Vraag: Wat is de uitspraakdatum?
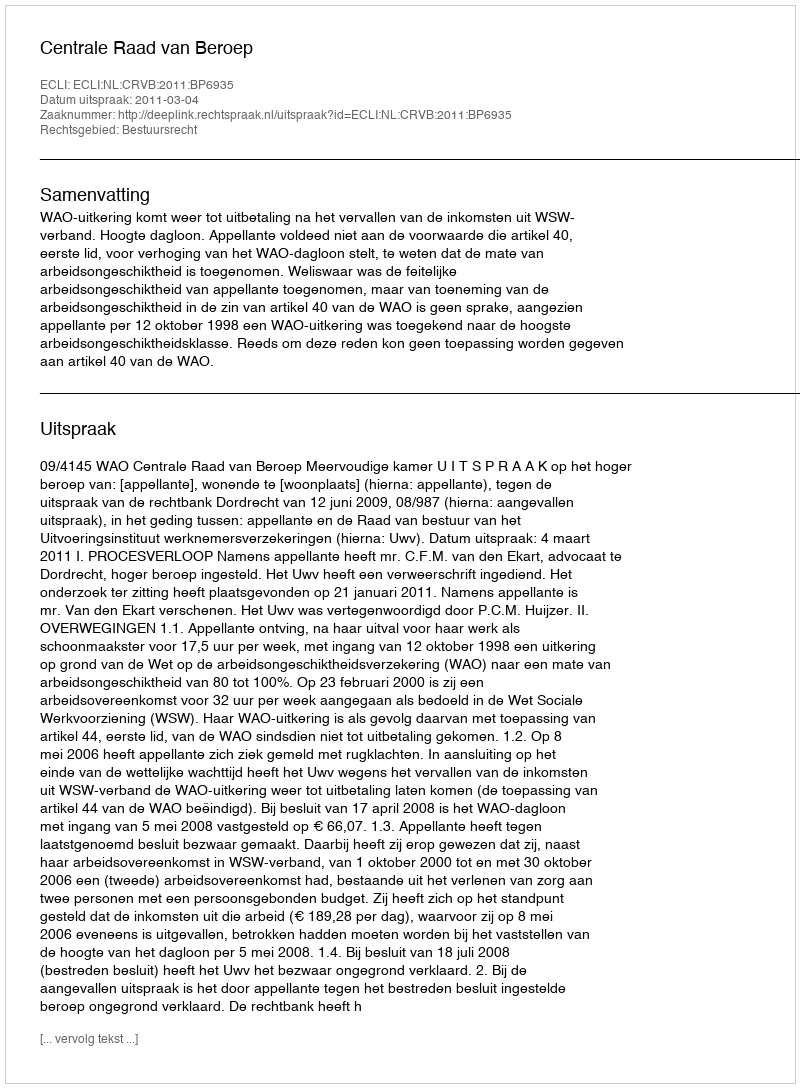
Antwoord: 2011-03-04